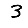
Digit: 3